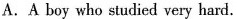
A.A boy who studied very hard.